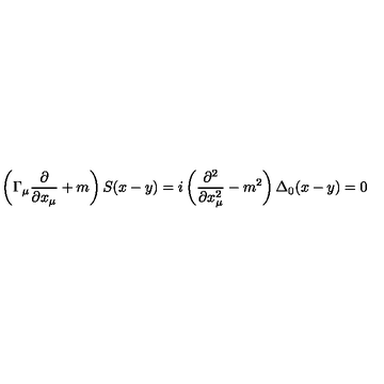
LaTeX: \left( \Gamma _ { \mu } \frac \partial { \partial x _ { \mu } } + m \right) S ( x - y ) = i \left( \frac { \partial ^ { 2 } } { \partial x _ { \mu } ^ { 2 } } - m ^ { 2 } \right) \Delta _ { 0 } ( x - y ) = 0